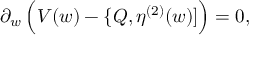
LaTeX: \partial _ { w } \, \Big ( V ( w ) - \{ Q , \eta ^ { ( 2 ) } ( w ) ] \Big ) = 0 ,